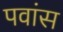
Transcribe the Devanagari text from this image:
पवांस